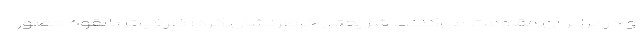
و در برابر آن مقاومت می‌کنند. شریعتی خاطرنشان کرد: ظرفیت بالقوه حضور